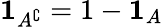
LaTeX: \mathbf{1}_{A^{\complement}}=1-\mathbf{1}_{A}